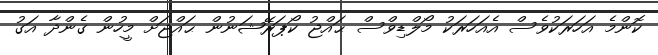
ކޮންމެ އަހަރަކުވެސް އެއަހަރަކު މޯލްޑިވްސް ޙައްޖު ކޯޕަރޭޝަނުން ޙައްޖަށް މީހުން ގެންދާ އަގު